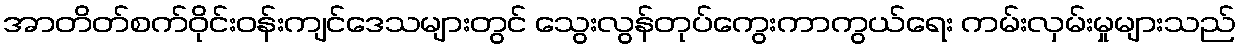
အာတိတ်စက်ဝိုင်းဝန်းကျင်ဒေသများတွင် သွေးလွန်တုပ်ကွေးကာကွယ်ရေး ကမ်းလှမ်းမှုများသည်